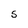
Character: 5